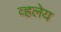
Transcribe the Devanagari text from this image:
व्हलेय